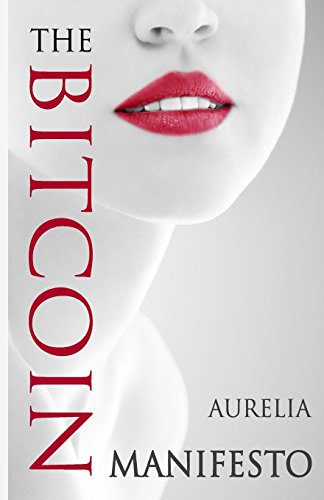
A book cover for The Bitcoin Manifesto; Aurelia; Computers & Technology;